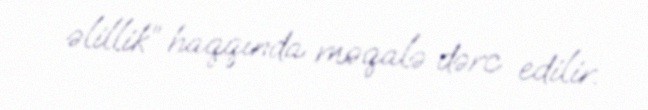
əlillik” haqqında məqalə dərc edilir.